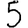
Digit: 5